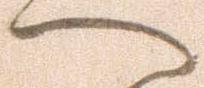
へ